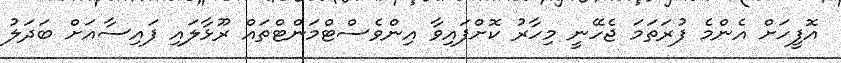
އޮފީހަށް އެންމެ ފުރަތަމަ ޖެހޭނީ މިހާރު ކޮށްފައިވާ އިންވެސްޓްމަންޓްތައް ރޫޅާލައި ފައިސާއަށް ބަދަލު